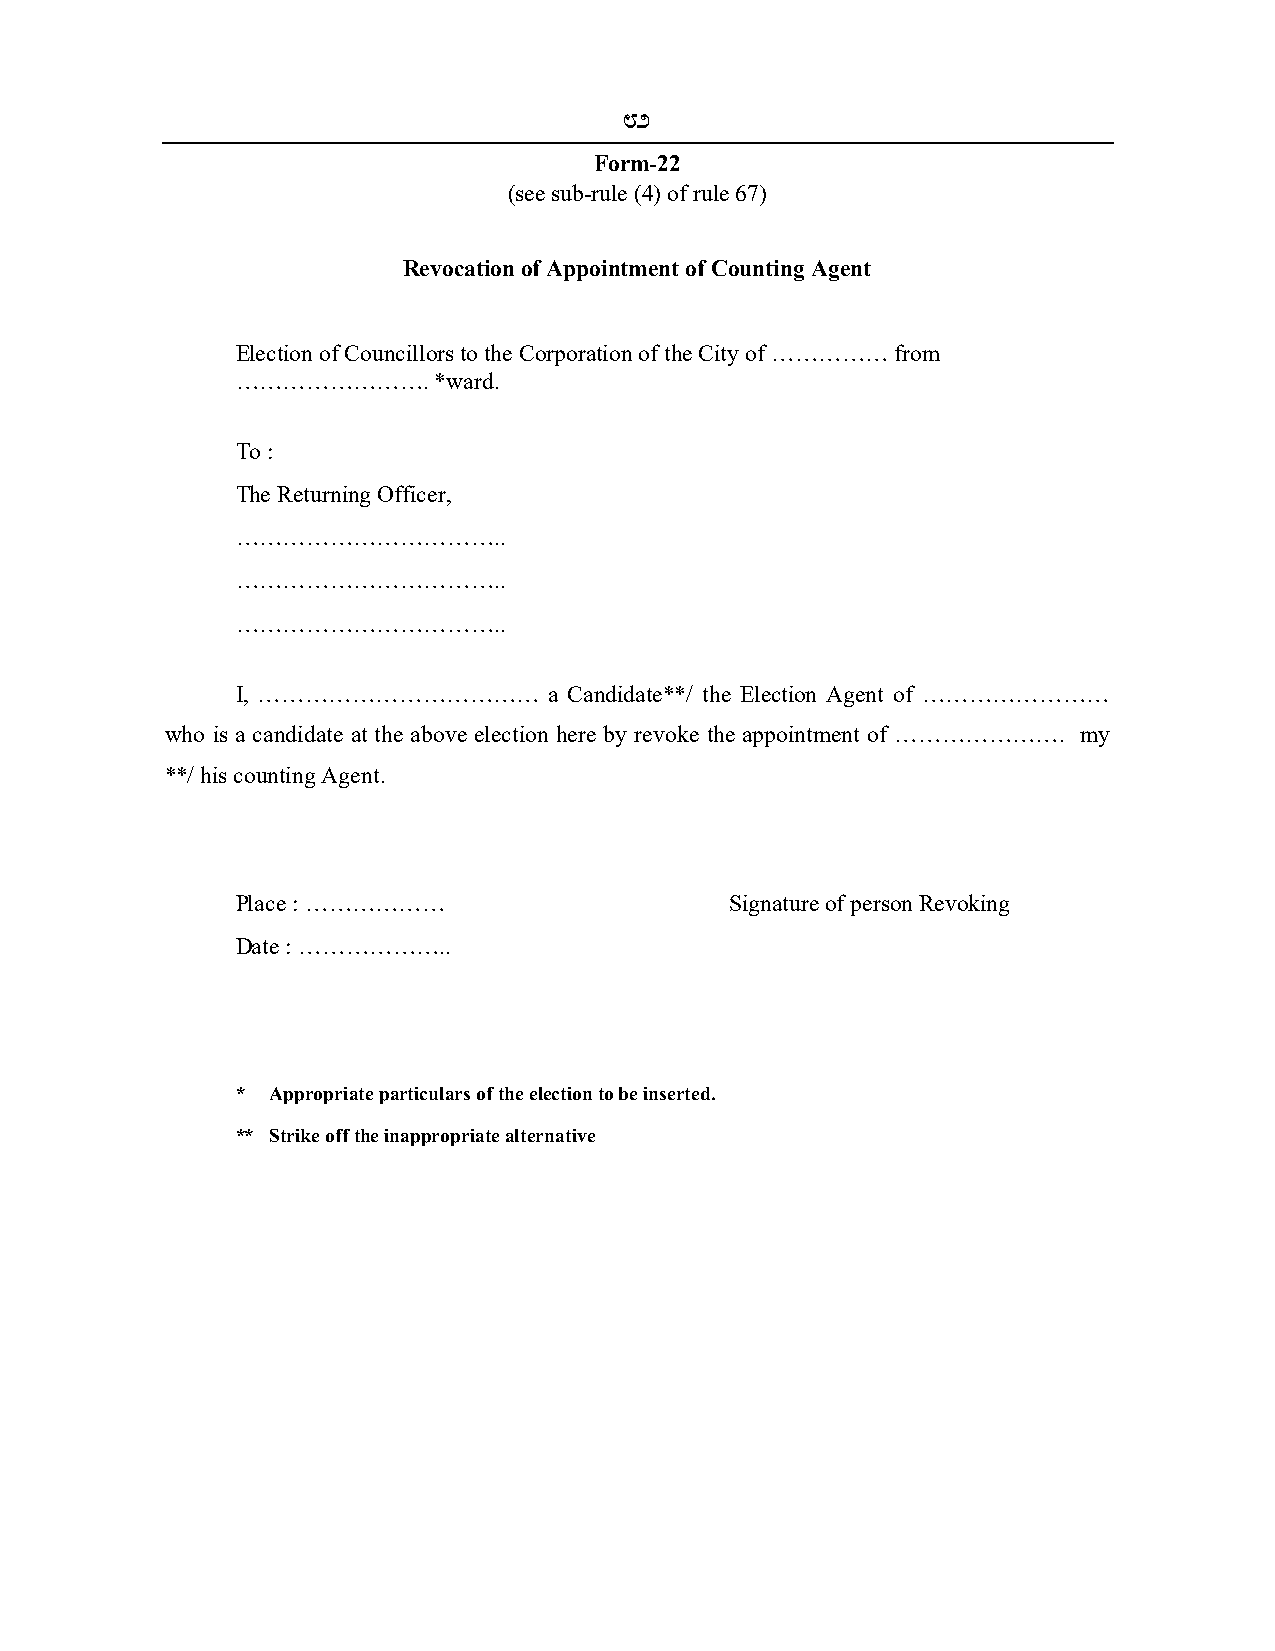
82
 Form-22
 (see sub-rule (4) of rule 67)
 Revocation of Appointment of Counting Agent
 Election of Councillors to the Corporation of the City of …………… from
 …………………….    *ward.
 To :
 The Returning Officer,
 ……………………………..
 ……………………………..
 ……………………………..
 I, ………………………………     a Candidate**/ the Election Agent of ……………………
 who is a candidate at the above election here by revoke the appointment of …………………. my
 **/ his counting Agent.
 Place : ………………                  Signature of person Revoking
 Date : ………………..
 * Appropriate particulars of the election to be inserted.
 ** Strike off the inappropriate alternative